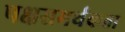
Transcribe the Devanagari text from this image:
पक्षसमर्थकता